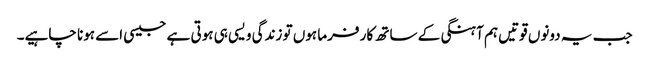
جب یہ دونوں قوتیں ہم آہنگی کے ساتھ کار فرما ہوں تو زندگی ویسی ہی ہوتی ہے جیسی اسے ہونا چاہیے۔